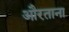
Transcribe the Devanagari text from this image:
औरताना